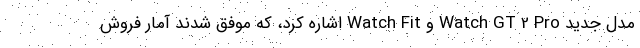
مدل جدید Watch GT 2 Pro و Watch Fit اشاره کرد، که موفق شدند آمار فروش